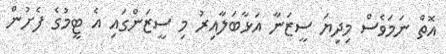
އޮތް ނަމަވެސް މިދިޔަ ސީޒަނާ އަޅާބަލާއިރު މި ސީޒަންގައި އެ ޓީމުގެ ފެށުން